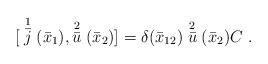
LaTeX: \begin{align*}{[}\stackrel{1}{\bar j}(\bar x_1), \stackrel{2}{\bar u} (\bar x_2)]=\delta(\bar x_{12})\stackrel{2}{\bar u} (\bar x_2)C\ .\end{align*}